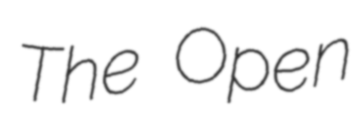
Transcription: The Open